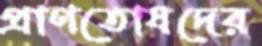
প্রাণতোষদের